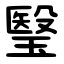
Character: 瑿